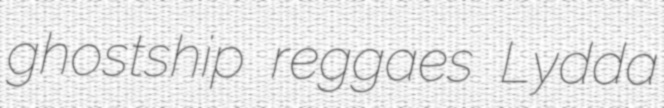
ghostship reggaes Lydda